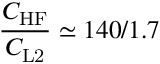
\frac { C _ { \mathrm { H F } } } { C _ { \mathrm { L 2 } } } \simeq 1 4 0 / 1 . 7